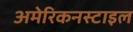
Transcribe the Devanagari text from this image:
अमेरिकनस्टाइल